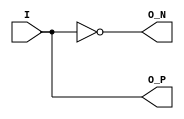
`timescale 1ns/1ps
`celldefine
//
// O_BUF_DS simulation model
// Output differential buffer
//
// Copyright (c) 2023 Rapid Silicon, Inc.  All rights reserved.
//

module O_BUF_DS
`ifdef RAPIDSILICON_INTERNAL
    #(
  parameter IOSTANDARD = "DEFAULT", // IO Standard
  parameter DIFFERENTIAL_TERMINATION = "TRUE" // Enable differential termination
)
`endif // RAPIDSILICON_INTERNAL
(
  input I, // Data input
  output O_P, // Data positive output (connect to top-level port)
  output O_N // Data negative output (connect to top-level port)
);

    assign O_P = I;
    assign O_N = ~I;
    
 initial begin

`ifdef RAPIDSILICON_INTERNAL

    case(IOSTANDARD)
      "DEFAULT" ,
      "BLVDS_DIFF" ,
      "LVDS_HP_DIFF" ,
      "LVDS_HR_DIFF" ,
      "LVPECL_25_DIFF" ,
      "LVPECL_33_DIFF" ,
      "HSTL_12_DIFF" ,
      "HSTL_15_DIFF" ,
      "HSUL_12_DIFF" ,
      "MIPI_DIFF" ,
      "POD_12_DIFF" ,
      "RSDS_DIFF" ,
      "SLVS_DIFF" ,
      "SSTL_15_DIFF" ,
      "SSTL_18_HP_DIFF" ,
      "SSTL_18_HR_DIFF": begin end
      default: begin
        $fatal(1,"\nError: O_BUF_DS instance %m has parameter IOSTANDARD set to %s.  Valid values are DEFAULT, BLVDS_DIFF, LVDS_HP_DIFF, LVDS_HR_DIFF, LVPECL_25_DIFF, LVPECL_33_DIFF, HSTL_12_DIFF, HSTL_15_DIFF, HSUL_12_DIFF, MIPI_DIFF, POD_12_DIFF, RSDS_DIFF, SLVS_DIFF, SSTL_15_DIFF, SSTL_18_HP_DIFF, SSTL_18_HR_DIFF\n", IOSTANDARD);
      end
    endcase

    case(DIFFERENTIAL_TERMINATION)
      "TRUE" ,
      "FALSE": begin end
      default: begin
        $fatal(1,"\nError: O_BUF_DS instance %m has parameter DIFFERENTIAL_TERMINATION set to %s.  Valid values are TRUE, FALSE\n", DIFFERENTIAL_TERMINATION);
      end
    endcase
`endif // RAPIDSILICON_INTERNAL

  end

endmodule
`endcelldefine